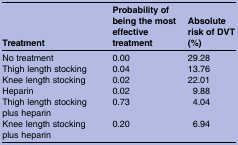
| Treatment | Probability of being the most effective treatment | Absolute risk of DVT (%) |
 | --- | --- | --- |
 | No treatment | 0.00 | 29.28 |
 | Thigh length stocking | 0.04 | 13.76 |
 | Knee length stocking | 0.02 | 22.01 |
 | Heparin | 0.02 | 9.88 |
 | Thigh length stocking plus heparin | 0.73 | 4.04 |
 | Knee length stocking plus heparin | 0.20 | 6.94 |